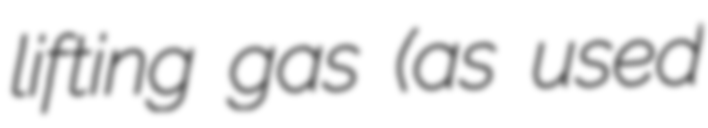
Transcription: lifting gas (as used